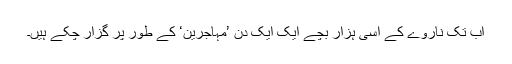
اب تک ناروے کے اسّی ہزار بچے ایک ایک دن ’مہاجرین‘ کے طور پر گزار چکے ہیں۔